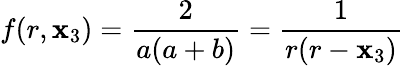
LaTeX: f(r,\mathbf{x}_{3})=\frac{2}{{a(a+b)}}=\frac{1}{{r(r-\mathbf{x}_{3})}}